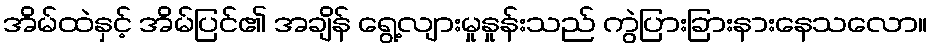
အိမ်ထဲနှင့် အိမ်ပြင်၏ အချိန် ရွေ့လျားမှုနှုန်းသည် ကွဲပြားခြားနားနေသလော။